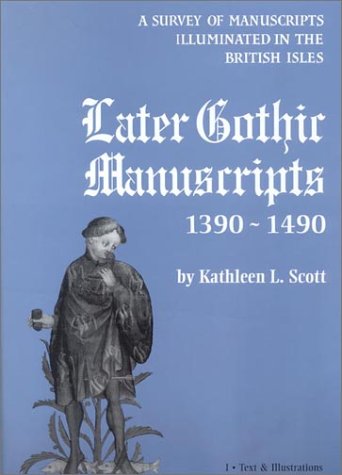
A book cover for Later Gothic Manuscripts 1390-1490; Kathleen Scott; Arts & Photography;